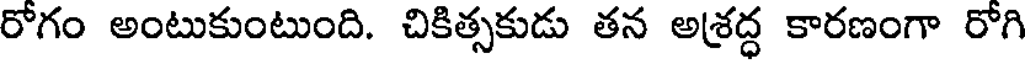
రోగం అంటుకుంటుంది. చికిత్సకుడు తన అశ్రద్ధ కారణంగా రోగి